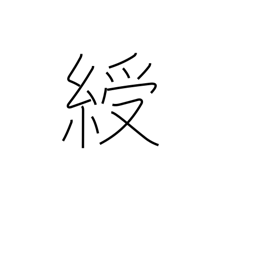
Meaning: ribbon